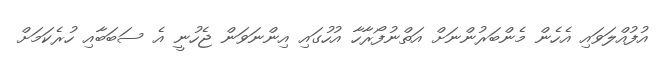
އުފުއްލަވައި އެހެން މެންބަރުންނަށް އަތްނުފޯރާހާ އުހުގައި އިންނަވަން ޖެހުނީ އެ ސަބަބާއި ހުރެކަމަށް